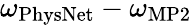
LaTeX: \omega_{\mathrm{PhysNet}}-\omega_{\mathrm{MP2}}